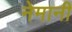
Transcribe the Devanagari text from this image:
नेमानी